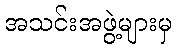
အသင်းအဖွဲ့များမှ